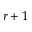
r + 1